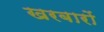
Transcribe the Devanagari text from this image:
खरबारों